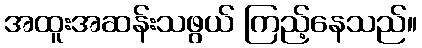
အထူးအဆန်းသဖွယ် ကြည့်နေသည်။